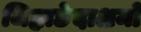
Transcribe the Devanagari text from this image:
जिह्वाछेदाक्षमो